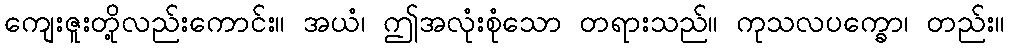
ကျေးဇူးတို့လည်းကောင်း။ အယံ၊ ဤအလုံးစုံသော တရားသည်။ ကုသလပက္ခော၊ တည်း။